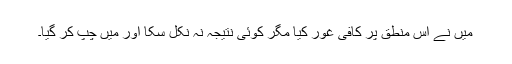
میں نے اس منطق پر کافی غور کیا مگر کوئی نتیجہ نہ نکل سکا اور میں چپ کر گیا۔